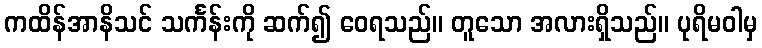
ကထိန်အာနိသင် သင်္ကန်းကို ဆက်၍ ဝေရသည်။ တူသော အလားရှိသည်။ ပုရိမဝါမှ